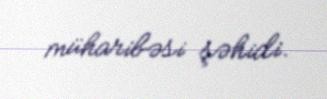
müharibəsi şəhidi.